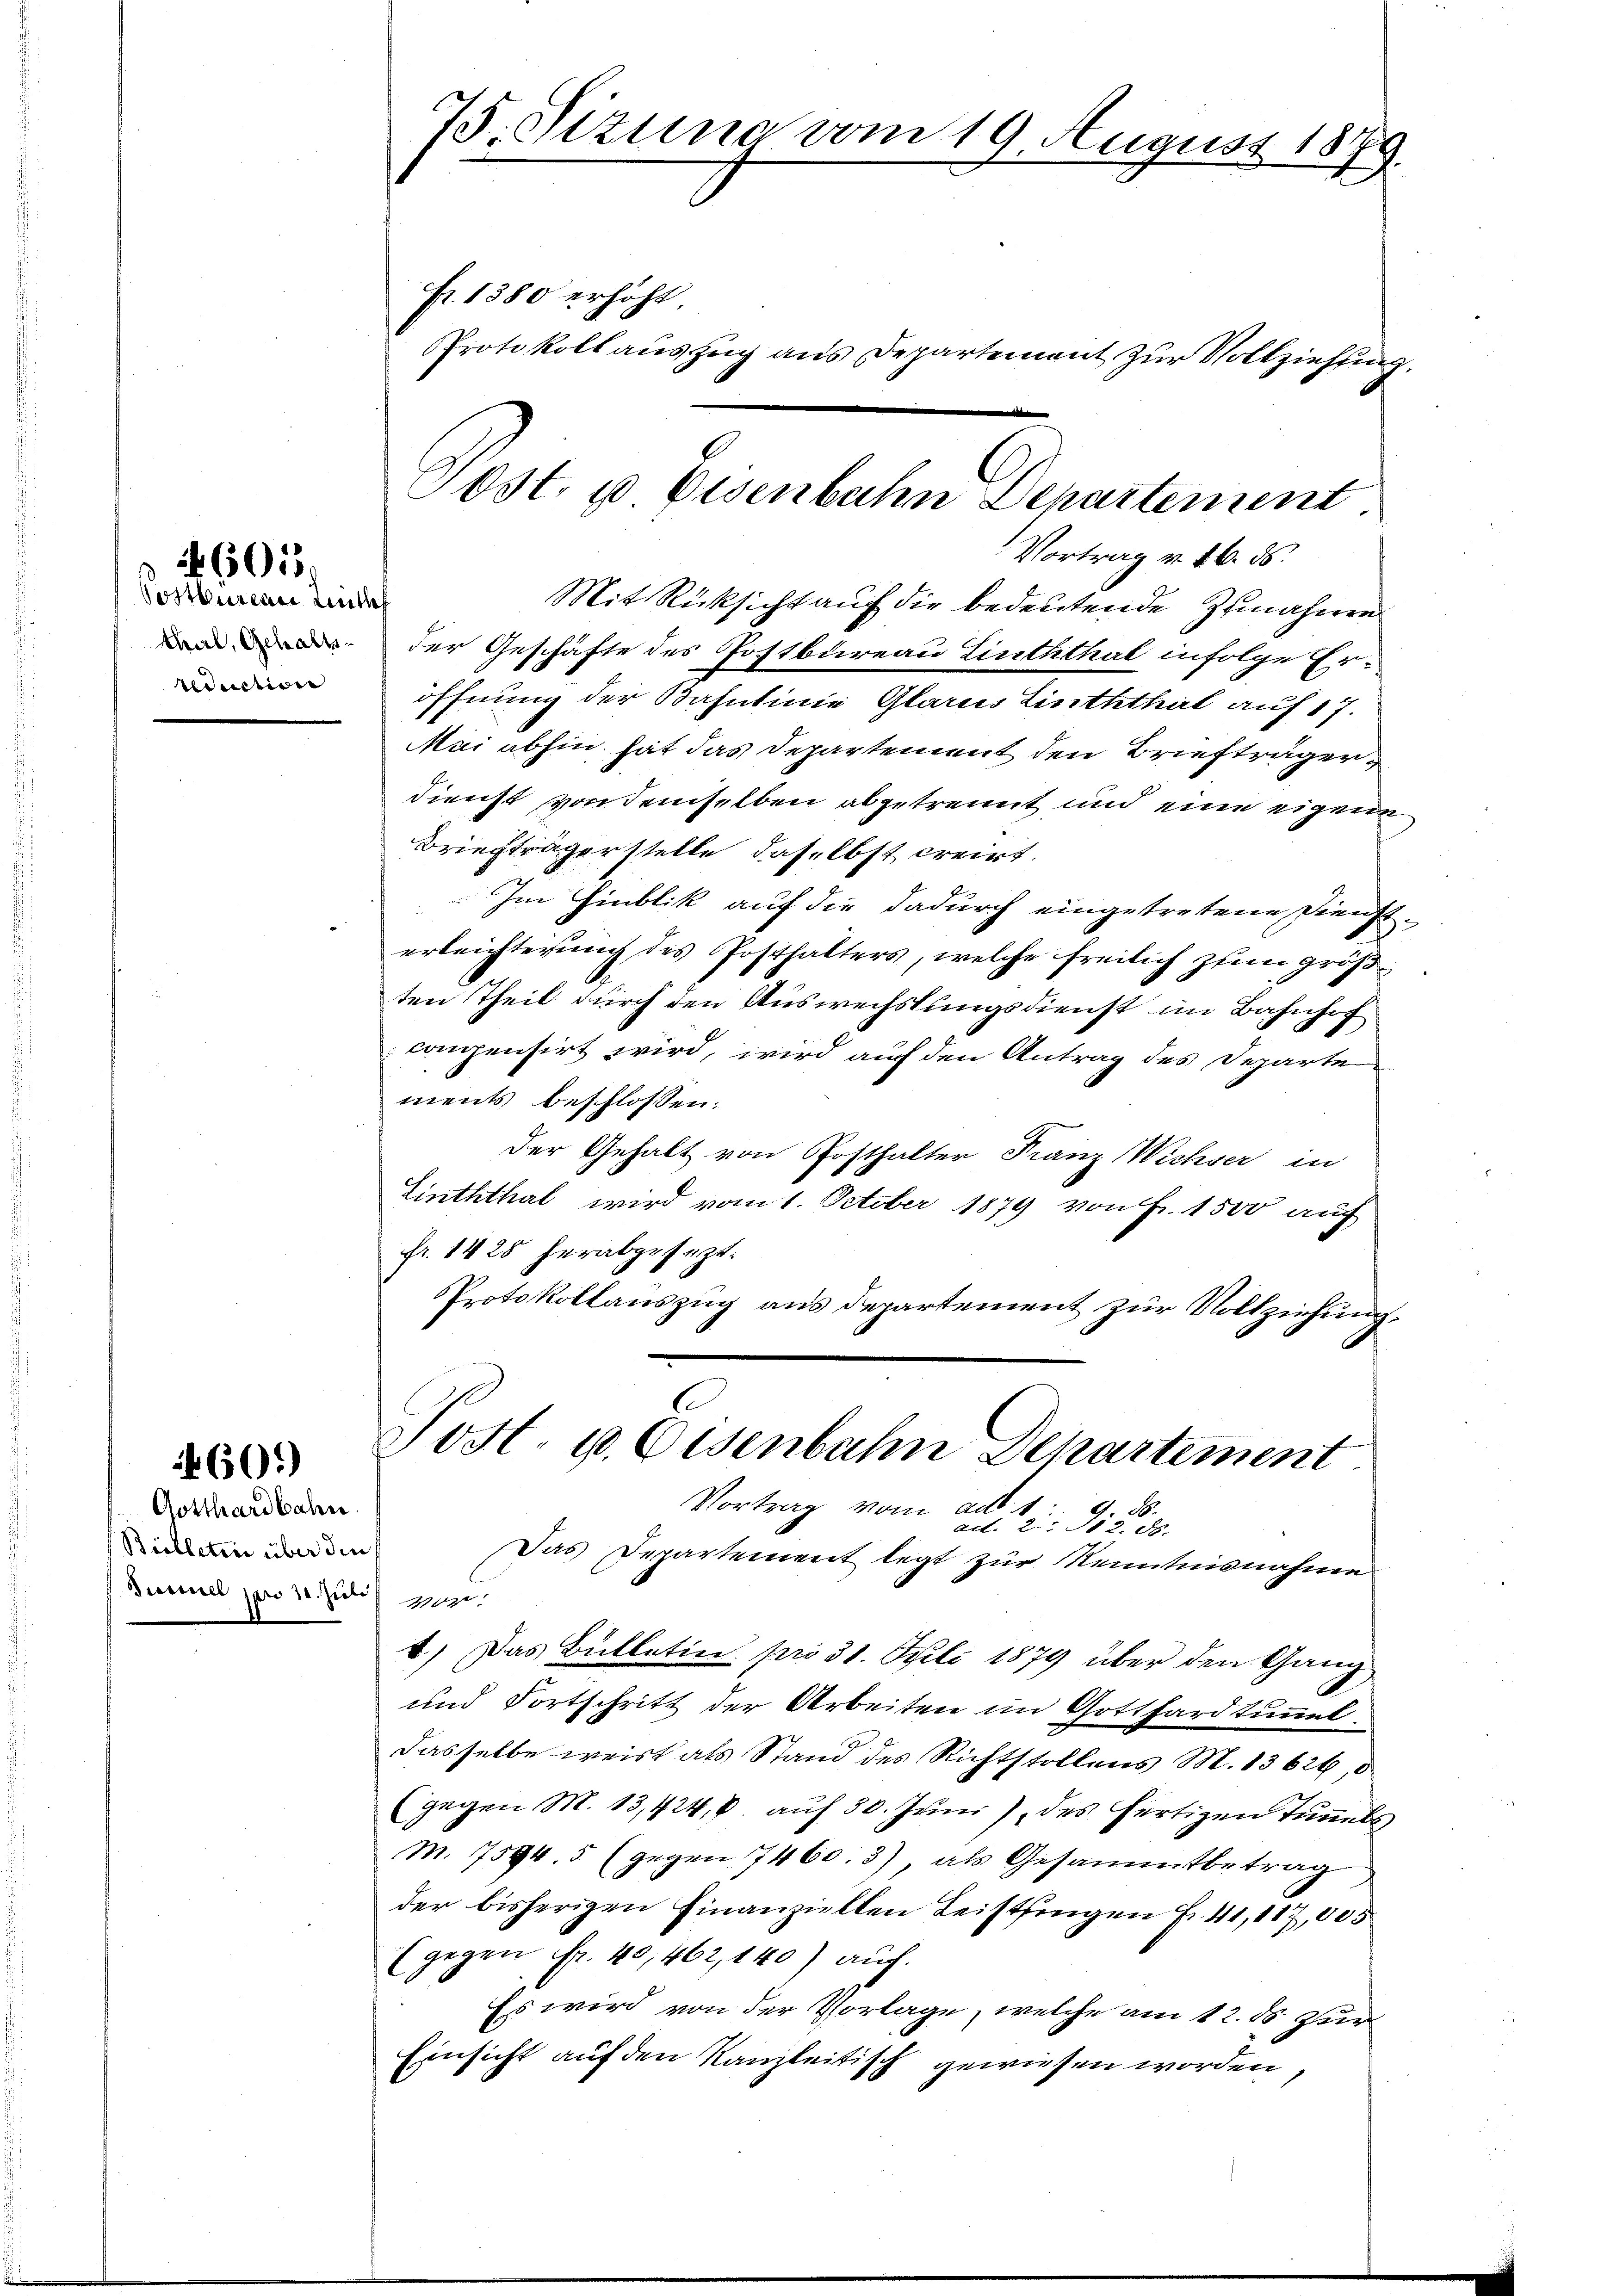
Postbureau Leithe
teduction

6015.

Gotthardbahn.
Billetrie über die
Smmel zu 3. Juli vor.

60.)

Fr. 1380 erhöht.
Protokoll auszug aus Departement zur Vollziehung.
Vortrag v. 16. ds.
Mit Rücksicht auf die bedeutende Zunahme
 der Geschäfte des Postbureau Linththal infolge Eröffnung der Bahnlinie Glarus Linththal auf 17.
Mai abhin, hat das Departement den Briefträger
dienst von demselben abgetrennt und eine eigene
Briefträgerstelle, daselbst creirt.
Im Hinblik auf die dadurch eingetretene Diensterleichterung des Posthalters, welche freilich zum größten Theil durch den Auswechslungsdienst im Bahnhof
compensirt wird, wird auf den Antrag des Departe
ments beschlossen:
der Gehalt von Posthalter Franz Wichser in
Linththal wird vom 1. October 1879 von Fr. 1500 auf
fr. 1428 herabgesezt.
Protokollauszug aus departement zur Vollziehung¬
.
Post. u. Osenbahn Departement
Vortrag vom ad 1.
G. B.
ad. 2. 382. 58.
Das Departement legt zur Kenntnisnahme
4.) Das Bulletine pro 31. Juli 1879 über den Gang
B
und Fortschritt der Arbeiten im Gotthardtunnel
dasselbe weist als Stand des Richtstollens M. 13626,5
(gegen M. 13,424, aŭf 30. Jŭni) des fertigen Tunnels,
M. 7594. 5 (gegen 7460. 3), als Gesammtbetrag
der bisherigen Finanziellen Leistlingen Fr. 41, 117,005
(gegen Fr. 40,462, 140) auch
Es wird von der Vorlage, welche am 12. ds. Zur
Einsicht auf den Kanzleitisch gewiesen worden,

75. Sizung vom 19. August 1879.

Post. u Eisenbahn Departement